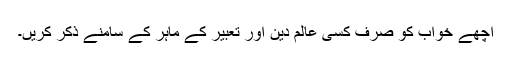
اچھے خواب کو صرف کسی عالم دین اور تعبیر کے ماہر کے سامنے ذکر کریں۔